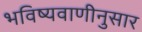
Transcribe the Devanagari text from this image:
भविष्यवाणीनुसार